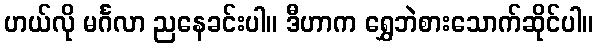
ဟယ်လို မင်္ဂလာ ညနေခင်းပါ။ ဒီဟာက ရွှေဘဲစားသောက်ဆိုင်ပါ။